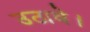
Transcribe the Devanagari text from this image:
उठावे।